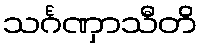
သင်္ဂဏှာသီတိ